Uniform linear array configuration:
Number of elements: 16
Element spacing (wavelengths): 0.75
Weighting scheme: binomial
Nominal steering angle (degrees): -45
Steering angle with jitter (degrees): -43.073
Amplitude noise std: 0.05
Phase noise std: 0.05

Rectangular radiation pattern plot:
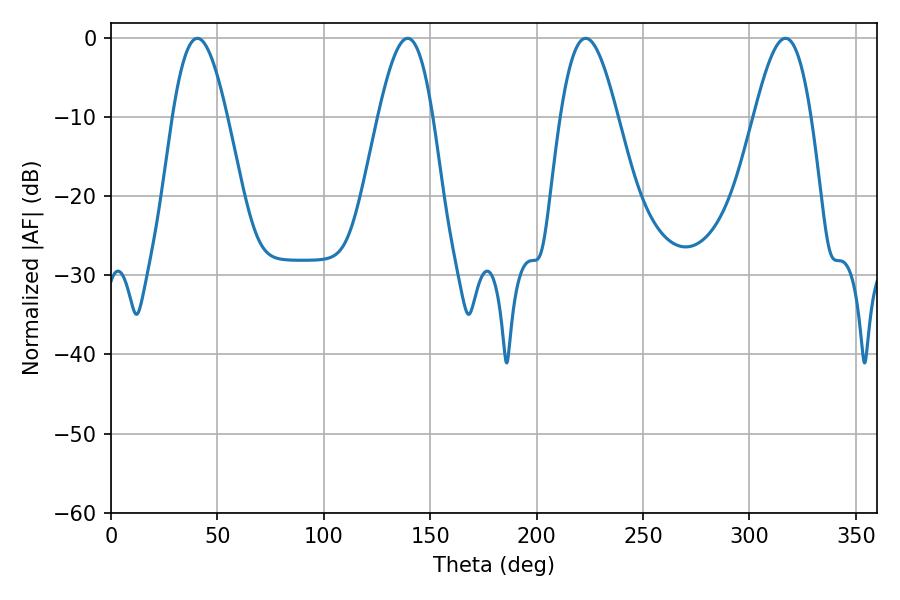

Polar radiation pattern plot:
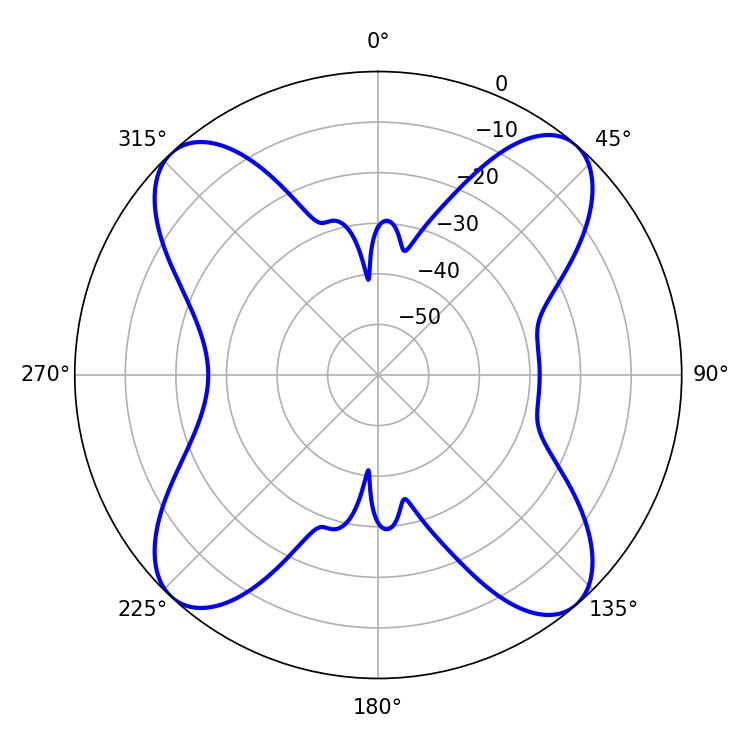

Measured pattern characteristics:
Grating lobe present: TRUE
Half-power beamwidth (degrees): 14.4
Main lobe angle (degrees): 223.02